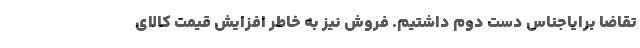
تقاضا برایاجناس دست دوم داشتیم. فروش نیز به خاطر افزایش قیمت کالای